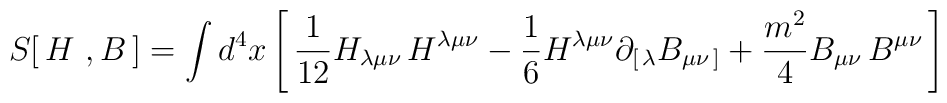
S[\, H\ , B\,]= \int d^4x\left[\,     {1\over 12} H_{\lambda\mu\nu} \, H^{\lambda\mu\nu}      -{1\over 6}H^{\lambda\mu\nu}\partial_{[\, \lambda} B_{\mu\nu\,]}      +{m^2\over 4} B_{\mu\nu}\,  B^{\mu\nu}  \,\right]